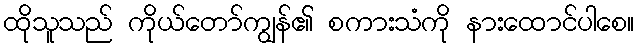
ထိုသူသည် ကိုယ်တော်ကျွန်၏ စကားသံကို နားထောင်ပါစေ။